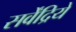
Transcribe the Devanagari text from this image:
सर्वेंद्रिये